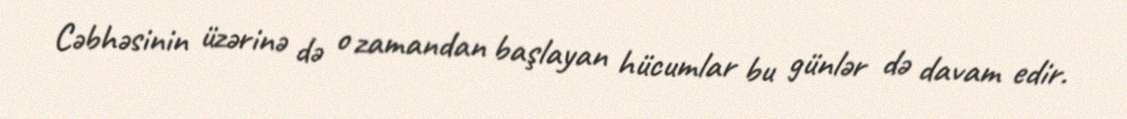
Cəbhəsinin üzərinə də o zamandan başlayan hücumlar bu günlər də davam edir.